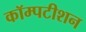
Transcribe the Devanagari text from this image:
कॉम्पटीशन